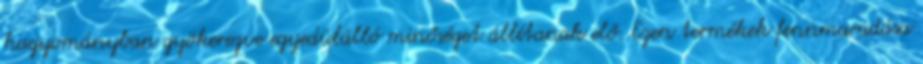
hagyományban gyökerezve egyedülálló minőséget állítanak elő. Ezen termékek fennmaradása